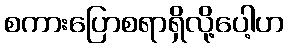
စကားပြောစရာရှိလို့ပေါ့ဟ